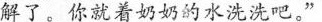
解了。你就着奶奶的永洗洗吧”。